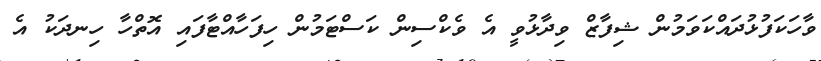
ވާހަކަފުޅުދައްކަވަމުން ޝިފާޒް ވިދާޅުވީ އެ ވެކްސިން ކަސްޓަމުން ހިފަހާއްޓާފައި އޮތްހާ ހިނދަކު އެ